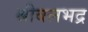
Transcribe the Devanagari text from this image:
श्रीबलभद्र